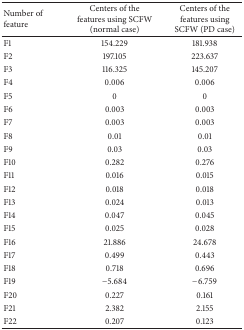
<table><thead><tr><td><b>Number of feature</b></td><td><b>Centers of the features using SCFW (normal case)</b></td><td><b>Centers of the features using SCFW (PD case)</b></td></tr></thead><tbody><tr><td>F1 </td><td>154.229</td><td>181.938</td></tr><tr><td>F2 </td><td>197.105</td><td>223.637</td></tr><tr><td>F3 </td><td>116.325</td><td>145.207</td></tr><tr><td>F4 </td><td>0.006</td><td>0.006</td></tr><tr><td>F5</td><td>0</td><td>0</td></tr><tr><td>F6 </td><td>0.003</td><td>0.003</td></tr><tr><td>F7 </td><td>0.003</td><td>0.003</td></tr><tr><td>F8 </td><td>0.01</td><td>0.01</td></tr><tr><td>F9</td><td>0.03</td><td>0.03</td></tr><tr><td>F10</td><td>0.282</td><td>0.276</td></tr><tr><td>F11</td><td>0.016</td><td>0.015</td></tr><tr><td>F12 </td><td>0.018</td><td>0.018</td></tr><tr><td>F13 </td><td>0.024</td><td>0.013</td></tr><tr><td>F14 </td><td>0.047</td><td>0.045</td></tr><tr><td>F15 </td><td>0.025</td><td>0.028</td></tr><tr><td>F16 </td><td>21.886</td><td>24.678</td></tr><tr><td>F17 </td><td>0.499</td><td>0.443</td></tr><tr><td>F18 </td><td>0.718</td><td>0.696</td></tr><tr><td>F19 </td><td>−5.684</td><td>−6.759</td></tr><tr><td>F20 </td><td>0.227</td><td>0.161</td></tr><tr><td>F21 </td><td>2.382</td><td>2.155</td></tr><tr><td>F22 </td><td>0.207</td><td>0.123</td></tr></tbody></table>